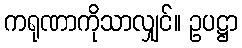
ကရုဏာကိုသာလျှင်။ ဥပဋ္ဌာ